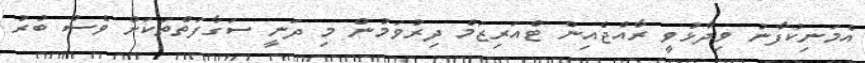
އެމަނިކުފާނު ވިދާޅުވީ ރާއްޖެއިން ޓްއަރިޒަމް ދިރުވަމުން މި ދަނީ ސަގާފަތްތަކަށް ވެސް ބުރު